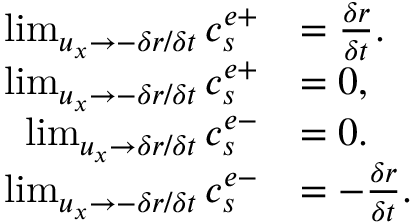
\begin{array} { r l } { \operatorname* { l i m } _ { u _ { x } \rightarrow - \delta r / \delta t } c _ { s } ^ { e + } } & { = \frac { \delta r } { \delta t } . } \\ { \operatorname* { l i m } _ { u _ { x } \rightarrow - \delta r / \delta t } c _ { s } ^ { e + } } & { = 0 , } \\ { \operatorname* { l i m } _ { u _ { x } \rightarrow \delta r / \delta t } c _ { s } ^ { e - } } & { = 0 . } \\ { \operatorname* { l i m } _ { u _ { x } \rightarrow - \delta r / \delta t } c _ { s } ^ { e - } } & { = - \frac { \delta r } { \delta t } . } \end{array}